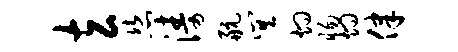
玄恣涛航巽灼惕灼律